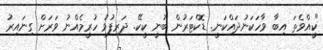
"ކީއްވެތަ އިބާ ވާހަކަނުދައްކަނީ. ޑޮކްޓަރުން ބުނީ ކީކޭ. ދަރިފުޅު ހުރީމެއްނު ވަރަށް ގިނައިރު